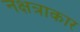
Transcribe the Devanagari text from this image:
नक्षत्राकार